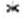
*